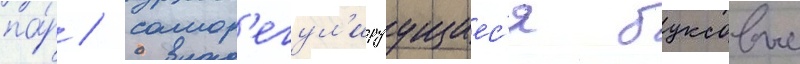
па́р / самор'егул'ируущиес'я буксовые